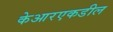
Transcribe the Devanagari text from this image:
केआरएकडील